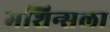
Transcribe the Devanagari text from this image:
मशिन्सला